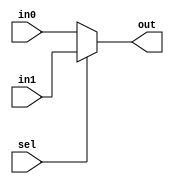
module mux2to1_cond(out, in0, in1, sel);

output out  ;
input  in0  ;
input  in1  ;
input  sel  ;

assign out = (sel)? in1: in0;
endmodule
///////////////////////////////////////
module mux2to1_if(out, in0, in1, sel);

output  out  ;
input   in0  ;
input   in1  ;
input   sel  ;

reg     out  ;

always @(in0, in1, sel) begin
	if(sel == 1'b0) begin
		out = in0 ;
	end else begin
		out = in1 ;
	end
end
endmodule
/////////////////////////////////////////
module mux2to1_case(out, in0, in1, sel);

output out  ;
input  in0  ;
input  in1  ;
input  sel  ;

reg    out  ;

always @(sel, in1, in0) begin
	case({sel, in1, in0})
		3'b000 : {out} = 1'b0;
		3'b001 : {out} = 1'b1;
		3'b010 : {out} = 1'b0;
		3'b011 : {out} = 1'b1;
		3'b100 : {out} = 1'b0;
		3'b101 : {out} = 1'b0;
		3'b110 : {out} = 1'b1;
		3'b111 : {out} = 1'b1;
	endcase
end
endmodule